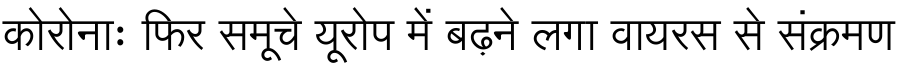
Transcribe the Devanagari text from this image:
कोरोनाः फिर समूचे यूरोप में बढ़ने लगा वायरस से संक्रमण